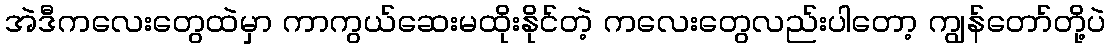
အဲဒီကလေးတွေထဲမှာ ကာကွယ်ဆေးမထိုးနိုင်တဲ့ ကလေးတွေလည်းပါတော့ ကျွန်တော်တို့ပဲ